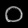
Digit: ၀